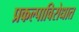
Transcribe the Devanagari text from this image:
प्रकल्पाविरोधात